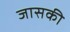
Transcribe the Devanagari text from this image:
जासकी